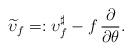
LaTeX: \begin{align*} \widetilde{\upsilon}_f=:\upsilon_f^\sharp-f\,\frac{\partial}{\partial \theta}.\end{align*}